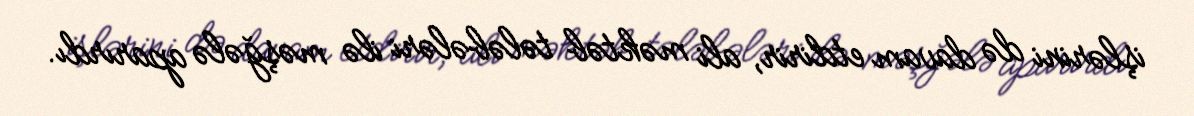
işlərini də davam etdirir, ali məktəb tələbələri ilə məşğələ aparırdı.